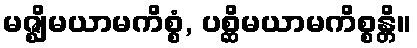
မဇ္ဈိမယာမကိစ္စံ, ပစ္ဆိမယာမကိစ္စန္တိ။